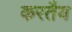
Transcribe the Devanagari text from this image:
करतैय